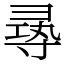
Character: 㝷